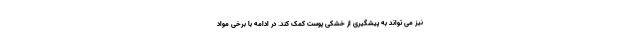
نیز می تواند به پیشگیری از خشکی پوست کمک کند. در ادامه با برخی مواد